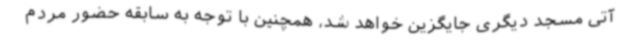
آتی مسجد دیگری جایگزین خواهد شد، همچنین با توجه به سابقه حضور مردم